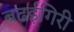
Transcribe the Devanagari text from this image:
बढईगिरी